Supplement to the account of plague administration in the Bombay Presidency from September 1896 till May 1897
Year: 1896
Disease focus: Plague
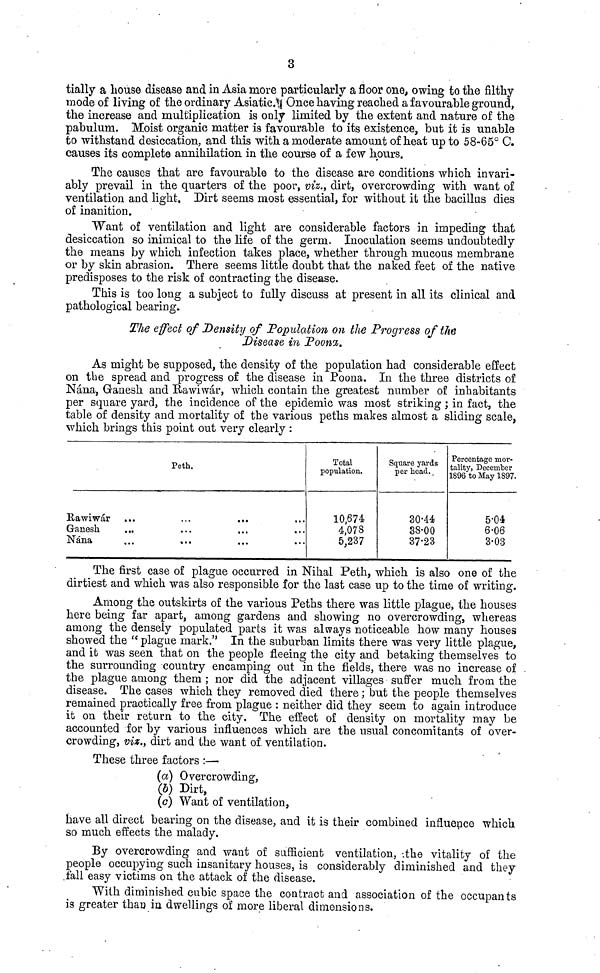
3
tially a house disease and in Asia more particularly a floor one, owing to the filthy
mode of living of the ordinary Asiatic. Once having reached a favourable ground,
the increase and multiplication is only limited by the extent and nature of the
pabulum. Moist organic matter is favourable to its existence, but it is unable
to withstand desiccation, and this with a moderate amount of heat up to 58-65° C.
causes its complete annihilation in the course of a few hours.
The causes that are favourable to the disease are conditions which invari-
ably prevail in the quarters of the poor, viz., dirt, overcrowding with want of
ventilation and light. Dirt seems most essential, for without it the bacillus dies
of inanition.
Want of ventilation and light are considerable factors in impeding that
desiccation so inimical to the life of the germ. Inoculation seems undoubtedly
the means by which infection takes place, whether through mucous membrane
or by skin abrasion. There seems little doubt that the naked feet of the native
predisposes to the risk of contracting the disease.
This is too long a subject to fully discuss at present in all its clinical and
pathological bearing.
The effect of Density of Population on the Progress of the
Disease in Poona.
As might be supposed, the density of the population had considerable effect
on the spread and progress of the disease in Poona. In the three districts of
Nána, Ganesh and Rawiwár, which contain the greatest number of inhabitants
per square yard, the incidence of the epidemic was most striking ; in fact, the
table of density and mortality of the various peths makes almost a sliding scale,
which brings this point out very clearly :
Peth.
Rawiwár ... ... ...
Ganesh ... ... ...
Nána ... ... ...
Total
population.
10,674
4,078
5,237
Square yards
per head.
30.44
38.00
37.23
Percentage mor-
tality, December
1896 to May 1897.
5.04
6.06
3.03
The first case of plague occurred in Nihal Peth, which is also one of the
dirtiest and which was also responsible for the last case up to the time of writing.
Among the outskirts of the various Peths there was little plague, the houses
here being far apart, among gardens and showing no overcrowding, whereas
among the densely populated parts it was always noticeable how many houses
showed the " plague mark." In the suburban limits there was very little plague,
and it was seen that on the people fleeing the city and betaking themselves to
the surrounding country encamping out in the fields, there was no increase of
the plague among them ; nor did the adjacent villages suffer much from the
disease. The cases which they removed died there ; but the people themselves
remained practically free from plague : neither did they seem to again introduce
it on their return to the city. The effect of density on mortality may be
accounted for by various influences which are the usual concomitants of over-
crowding, viz., dirt and the want of ventilation.
These three factors :—
(a) Overcrowding,
(b) Dirt,
(c) Want of ventilation,
have all direct bearing on the disease, and it is their combined influence which
so much effects the malady.
By overcrowding and want of sufficient ventilation, the vitality of the
people occupying such insanitary houses, is considerably diminished and they
fall easy victims on the attack of the disease.
With diminished cubic space the contract and association of the occupants
is greater than in dwellings of more liberal dimensions.